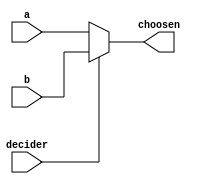
module mux_32 (input [31:0] a, b, input decider, output [31:0] choosen);
	assign choosen = decider ? b : a;
endmodule